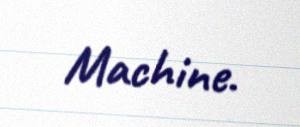
Machine.